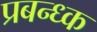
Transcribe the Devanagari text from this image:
प्रबन्ध्क